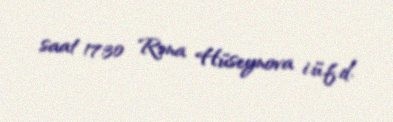
saat 17:30 Rəna Hüseynova i.ü.f.d.